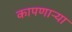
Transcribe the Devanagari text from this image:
कापणाऱ्या